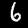
Label: 6